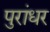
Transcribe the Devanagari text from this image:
पुरांधर